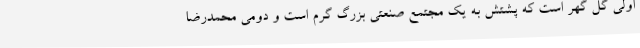
اولی گل گهر است که پشتش به یک مجتمع صنعتی بزرگ گرم است و دومی محمدرضا